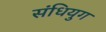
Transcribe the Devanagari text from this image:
संधियुग